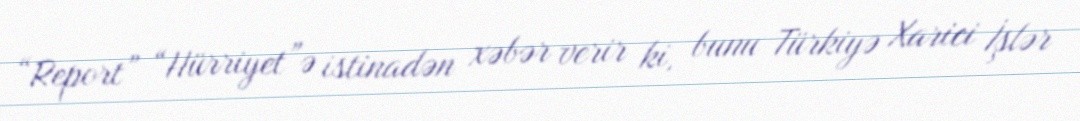
“Report” “Hürriyet”ə istinadən xəbər verir ki, bunu Türkiyə Xarici İşlər